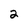
Character: 2